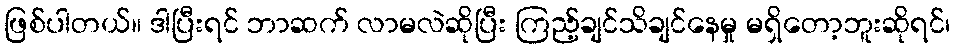
ဖြစ်ပါတယ်။ ဒါပြီးရင် ဘာဆက် လာမလဲဆိုပြီး ကြည့်ချင်သိချင်နေမှု မရှိတော့ဘူးဆိုရင်၊